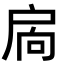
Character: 扄